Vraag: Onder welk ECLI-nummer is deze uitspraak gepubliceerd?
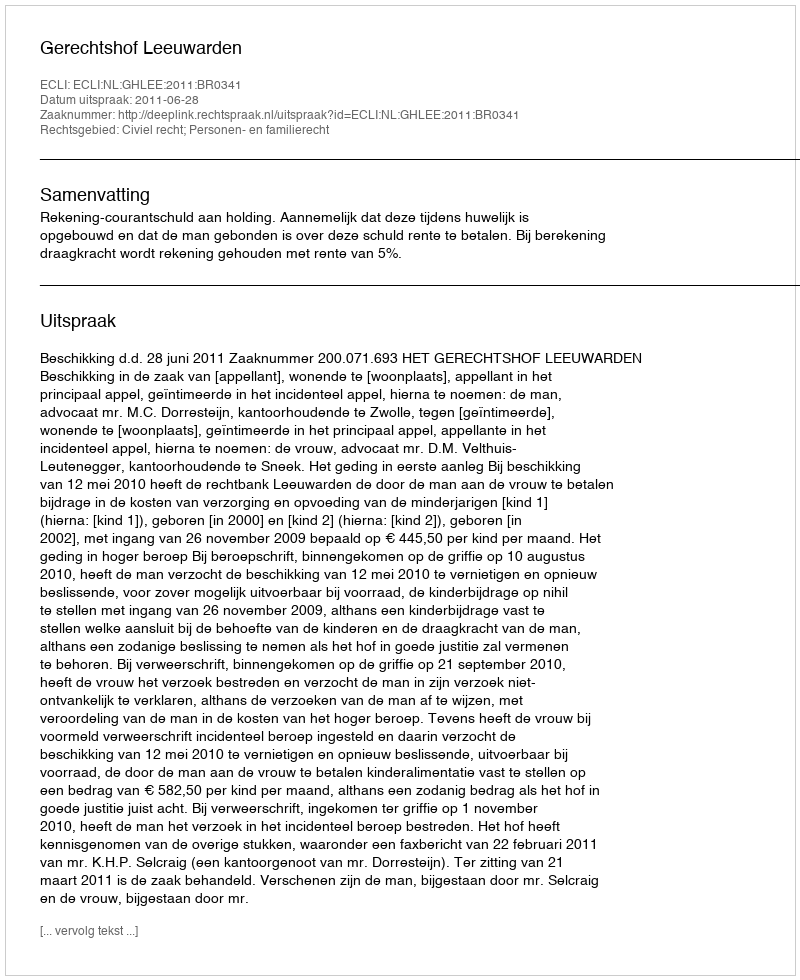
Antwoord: ECLI:NL:GHLEE:2011:BR0341